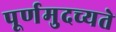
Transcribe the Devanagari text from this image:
पूर्णमुदच्यते